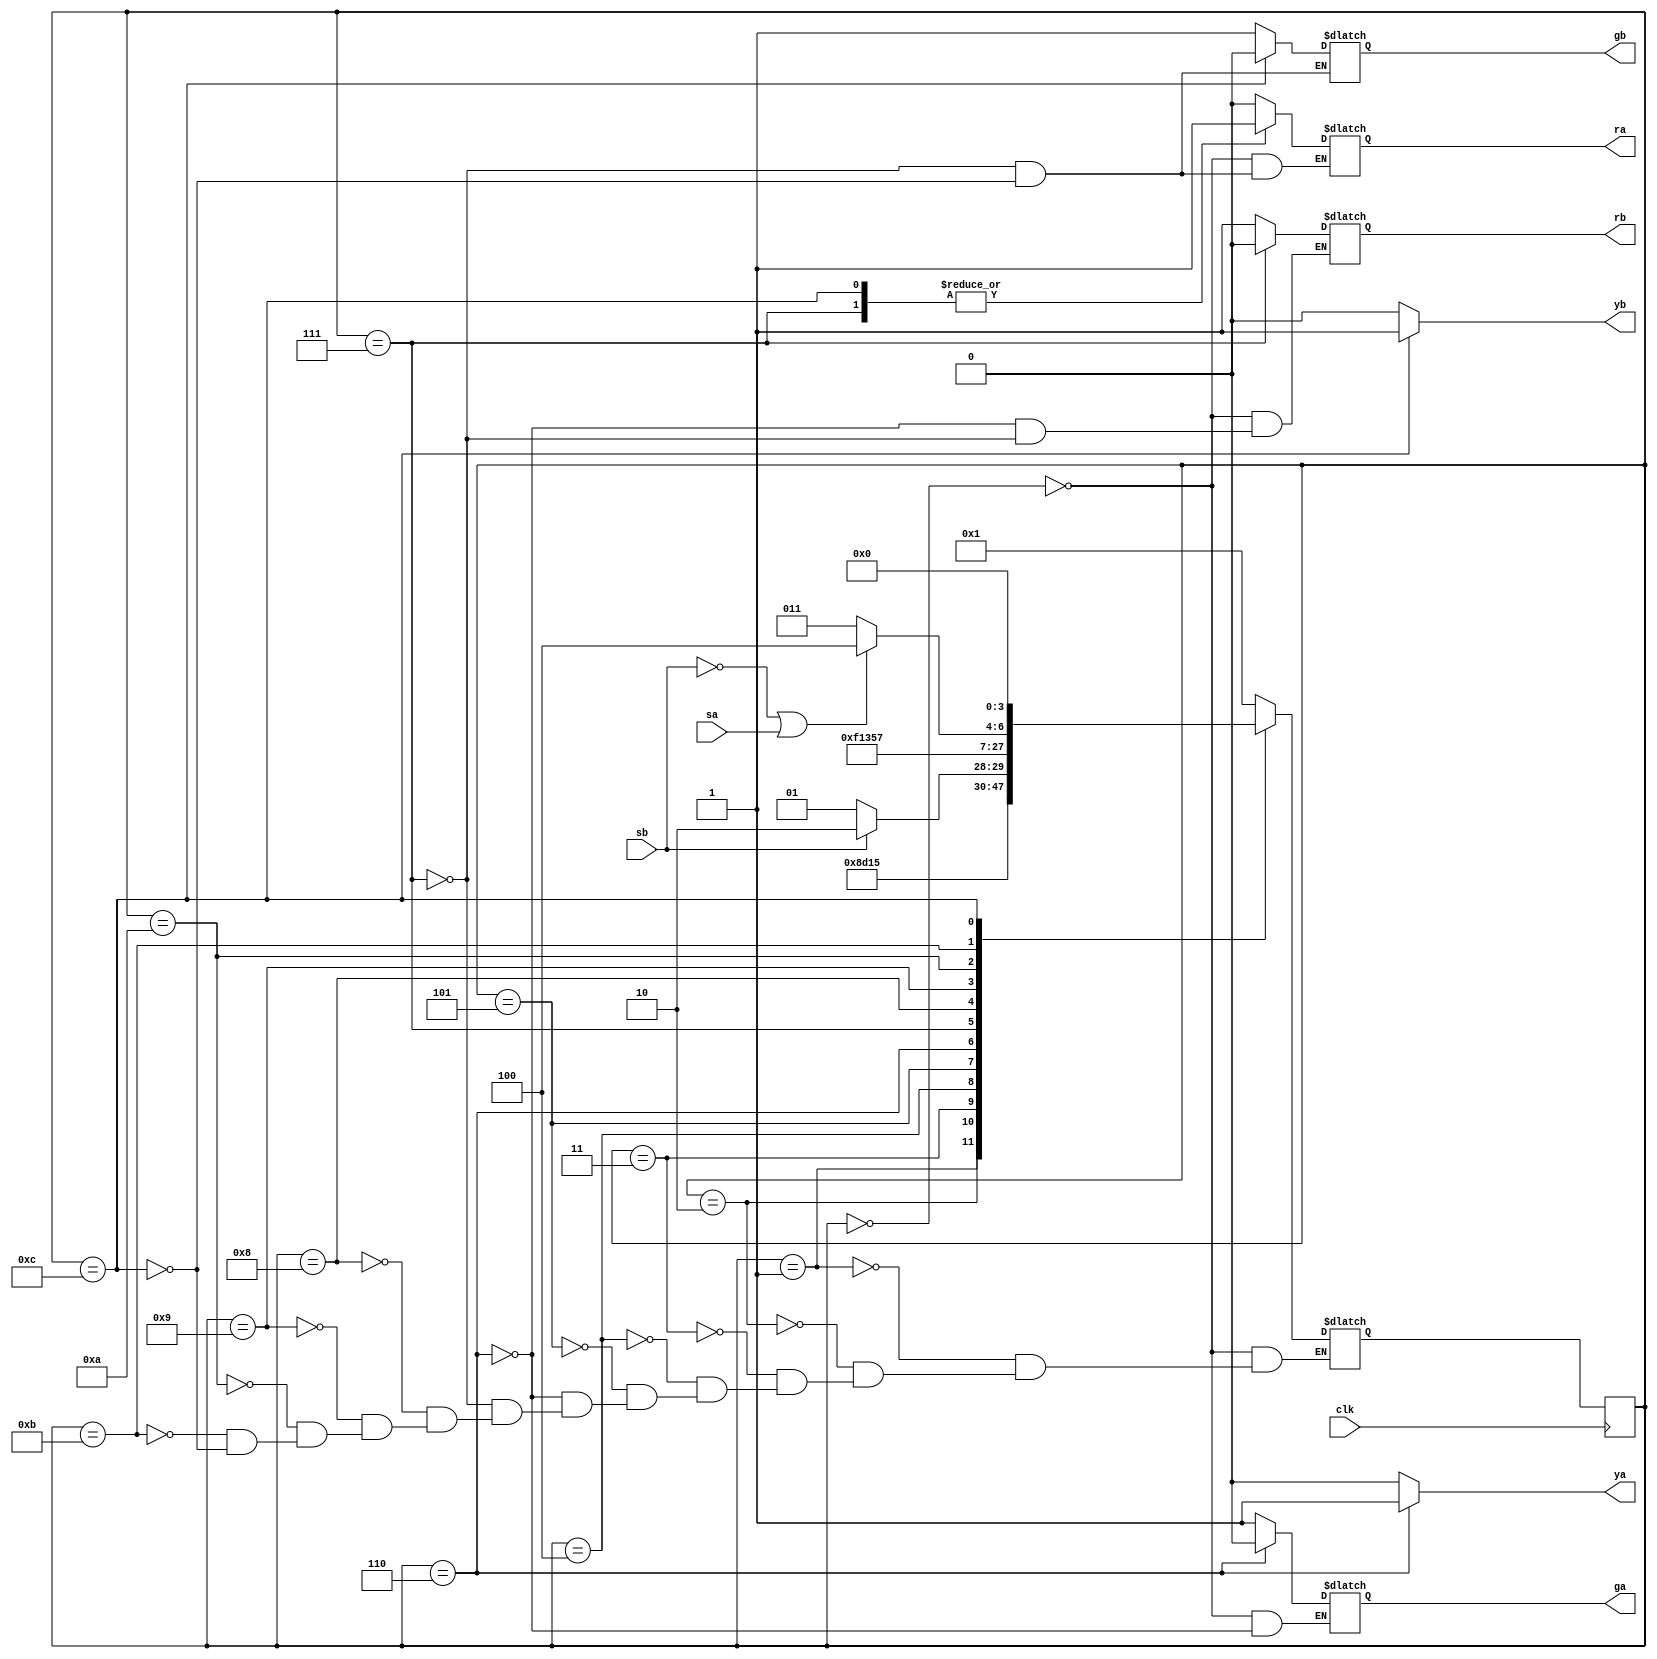
// Code your design here
module trafficlight(clk,sa,sb,ra,rb,ya,yb,ga,gb);

	input clk,sa,sb;
	output reg ra,rb,ya,yb,ga,gb;

	reg[3:0] state,next_state;

	initial begin
		state=0;
		ga=1'b0;
		gb=1'b0;
		ra=1'b0;
		rb=1'b0;
		ya=1'b0;
		yb=1'b0;
		next_state=0;
	end	

  always@(state,sa,sb) begin
        ya=1'b0;
		yb=1'b0;
		case(state) 
			0:  begin next_state=1;ga=1'b1;rb=1'b1;ra=1'b0; end
			1:  begin next_state=2; end
			2:  begin next_state=3; end
			3:  begin next_state=4; end
          	4:  begin next_state=5; end
			5:	begin 
					
					if(sb==1)
						next_state=6;
					else	
						next_state=5;
					end
			6:  begin 
					ga=1'b0;ya=1'b1;rb=1'b1;
					next_state=7;
				end
			7:  begin next_state=8;gb=1'b1;ra=1'b1;rb=1'b0; end
			8:  begin next_state=9; end
			9:  begin next_state=10; end
			10: begin next_state=11; end
			11: begin 
					
              if(sb==1'b0 | sa==1'b1) next_state=12;
					else next_state=11;
				end
			12: begin gb=1'b0;ra=1'b1;yb=1'b1;next_state=0;end
		endcase
	end
  always@(posedge clk)
    state<=next_state;
endmodule